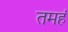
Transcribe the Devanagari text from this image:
तमहं